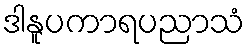
ဒါနူပကာရပညာသံ